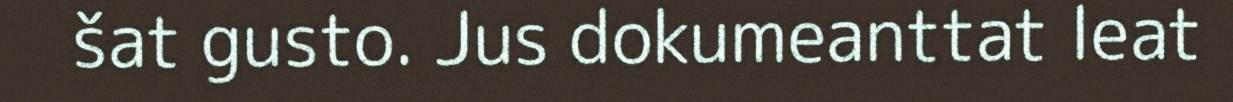
šat gusto. Jus dokumeanttat leat